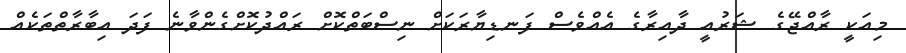
މިއަކީ ރާއްޖޭގެ ޝަރުއީ ދާއިރާގެ އެއްވެސް ފަނޑިޔާރަކަށް ނިސްބަތްކޮށް ރައްދުކޮށްގެންވާނެ ފަދަ އިބާރާތްތަކެއް